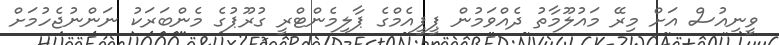
ވީނިއުސް އަށް މިރޭ މައުލޫމާތު ދެއްވަމުން ޕީޕީއެމްގެ ޕާލިމެންޓްރީ ގުރޫޕުގެ މެންބަރަކު ނަންނުޖެހުމަށް